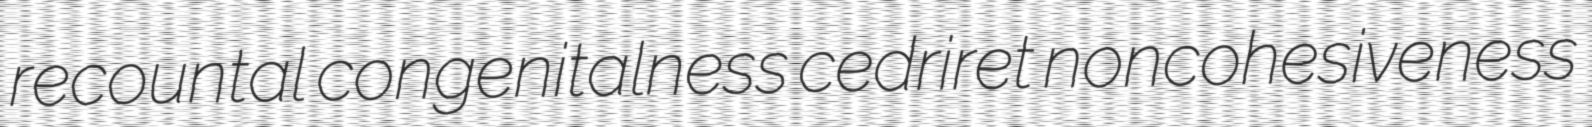
recountal congenitalness cedriret noncohesiveness